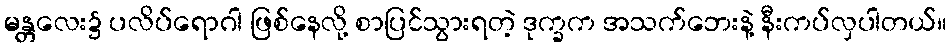
မန္တလေး၌ ပလိပ်ရောဂါ ဖြစ်နေလို့ စာပြင်သွားရတဲ့ ဒုက္ခက အသက်ဘေးနဲ့ နီးကပ်လှပါတယ်။